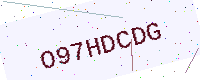
Text: O97HDCDG